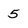
Character: 5